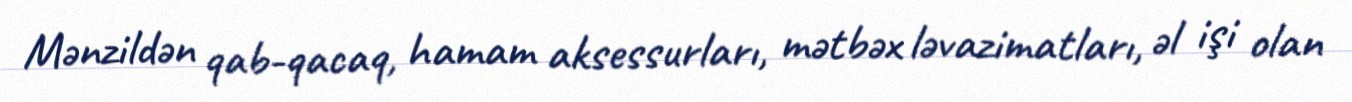
Mənzildən qab-qacaq, hamam aksessurları, mətbəx ləvazimatları, əl işi olan